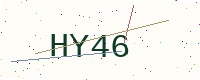
Text: HY46